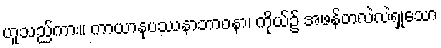
ဟူသည်ကား။ ကာယာနုပဿနာဘာဝနာ၊ ကိုယ်၌ အဖန်တလဲလဲရှုသော